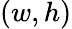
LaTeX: (w,h)